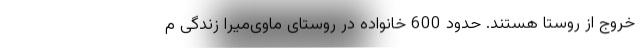
خروج از روستا هستند. حدود 600 خانواده در روستای ماوی‌میرا زندگی م